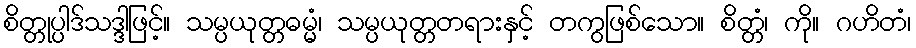
စိတ္တုပ္ပါဒ်သဒ္ဒါဖြင့်။ သမ္ပယုတ္တဓမ္မံ၊ သမ္ပယုတ္တတရားနှင့် တကွဖြစ်သော။ စိတ္တံ၊ ကို။ ဂဟိတံ၊